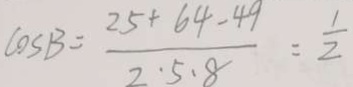
\cos B = \frac { 2 5 + 6 4 - 4 9 } { 2 \cdot 5 \cdot 8 } = \frac { 1 } { 2 }